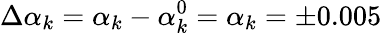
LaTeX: \Delta{\alpha}_{k}={\alpha}_{k}-{\alpha}_{k}^{0}={\alpha}_{k}=\pm 0.005